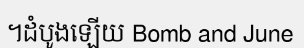
។ដំបូងឡើយ Bomb and June